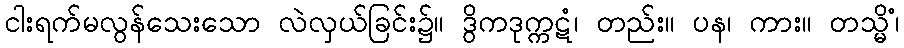
ငါးရက်မလွန်သေးသော လဲလှယ်ခြင်း၌။ ဒွိကဒုက္ကဋံ၊ တည်း။ ပန၊ ကား။ တသ္မိံ၊